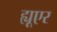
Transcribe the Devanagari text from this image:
ह्यूएर